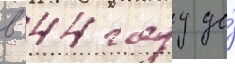
в 44 году до́